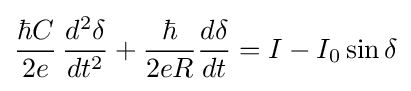
{\frac {\hbar C}{2e}}\,{\frac {d^{2}\delta }{dt^{2}}}+{\frac {\hbar }{2eR}}{\frac {d\delta }{dt}}=I-I_{0}\sin \delta